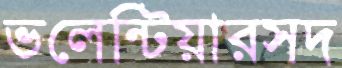
ভলেন্টিয়ারসদ